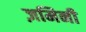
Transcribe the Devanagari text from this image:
ज़मिनी